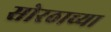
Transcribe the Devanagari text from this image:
सोरठाच्या